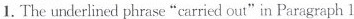
1.The underlined phrase "carried out" in Paragraph 1